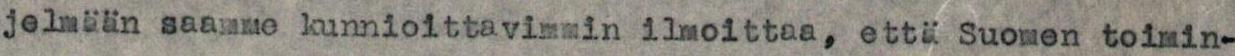
jelmään saamme kunnioittavimmin ilmoittaa, että Suomen toimin